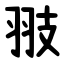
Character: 翄